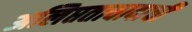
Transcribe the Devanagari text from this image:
अलिप्ततावादाची